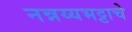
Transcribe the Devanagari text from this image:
नन्नय्यभट्टाचे